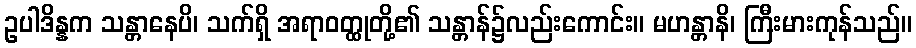
ဥပါဒိန္နက သန္တာနေပိ၊ သက်ရှိ အရာဝတ္ထုတို့၏ သန္တာန်၌လည်းကောင်း။ မဟန္တာနိ၊ ကြီးမားကုန်သည်။